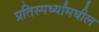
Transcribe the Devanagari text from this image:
प्रतिस्पर्ध्यांमधील